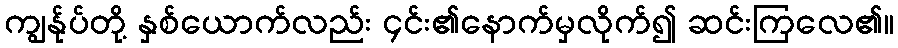
ကျွန်ုပ်တို့ နှစ်ယောက်လည်း ၄င်း၏နောက်မှလိုက်၍ ဆင်းကြလေ၏။